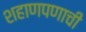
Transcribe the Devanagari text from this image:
शहाणपणाची